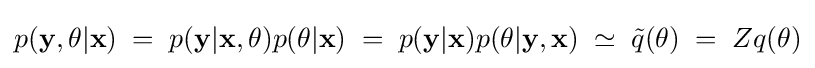
p({\bf {y}},\theta |{\bf {x}})\;=\;p({\bf {y}}|{\bf {x}},\theta )p(\theta |{\bf {x}})\;=\;p({\bf {y}}|{\bf {x}})p(\theta |{\bf {y}},{\bf {x}})\;\simeq \;{\tilde {q}}(\theta )\;=\;Zq(\theta )